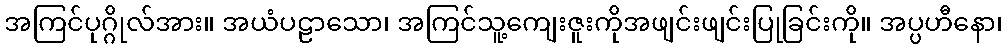
အကြင်ပုဂ္ဂိုလ်အား။ အယံပဠာသော၊ အကြင်သူ့ကျေးဇူးကိုအဖျင်းဖျင်းပြုခြင်းကို။ အပ္ပဟီနော၊